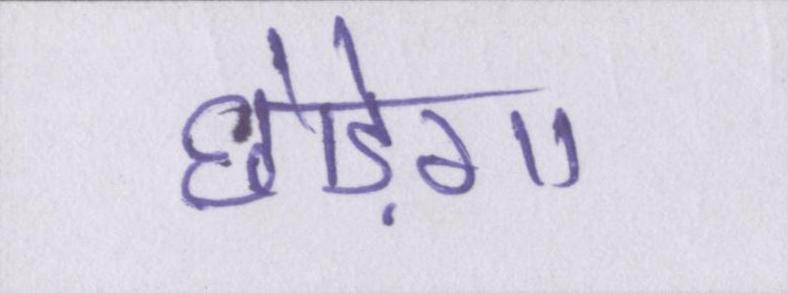
छोड़ेगा